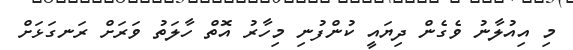
މި އިއުލާނު ވެގެން ދިޔައީ ކުންފުނި މިހާރު އޮތް ހާލަތު ވަރަށް ރަނގަޅަށް